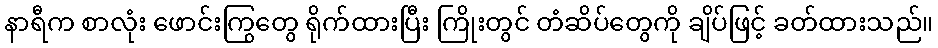
နာရီက စာလုံး ဖောင်းကြွတွေ ရိုက်ထားပြီး ကြိုးတွင် တံဆိပ်တွေကို ချိပ်ဖြင့် ခတ်ထားသည်။